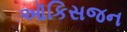
ઑકિસજન